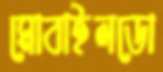
মোবাইলডো